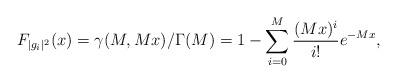
LaTeX: \begin{align*} F_{|g_i|^2}(x)=\gamma(M,Mx)/\Gamma(M) =1-\sum_{i=0}^M\frac{(Mx)^i}{i!}e^{-Mx},\end{align*}